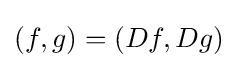
(f,g)=(Df,Dg)